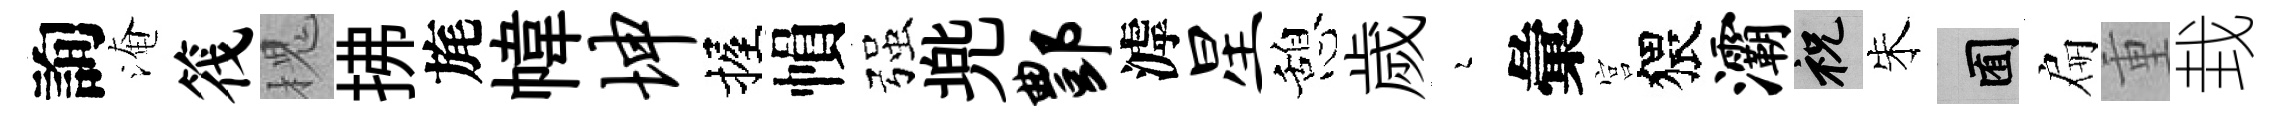
詢淹筏槐拂旄幃坤握𢄙强兠酆滹星憩歲瑟彙宫猥灞祝朱囿扁重㘽